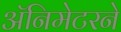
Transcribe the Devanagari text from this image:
ॲनिमेटरने